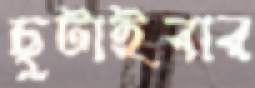
ছুটাইবার